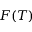
F ( T )